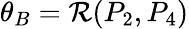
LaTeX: \theta_{B}=\mathcal{R}(P_{2},P_{4})